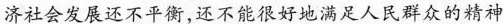
济社会发展还不平衡，还不能很好地满足人民群众的精神